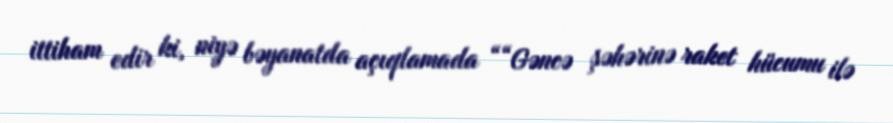
ittiham edir ki, niyə bəyanatda açıqlamada ““Gəncə şəhərinə raket hücumu ilə